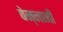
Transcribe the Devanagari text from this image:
बेन्नानी